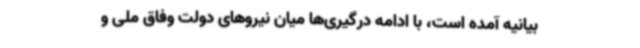
بیانیه آمده است، با ادامه درگیری‌ها میان نیروهای دولت وفاق ملی و